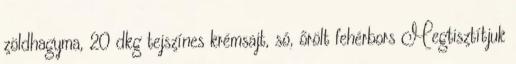
zöldhagyma, 20 dkg tejszínes krémsajt, só, őrölt fehérbors Megtisztítjuk